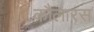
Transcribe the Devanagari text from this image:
कौलारस